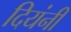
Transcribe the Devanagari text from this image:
दियंनी